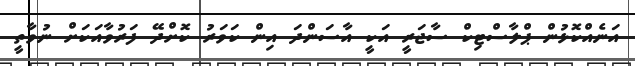
އަނެއްކޮޅުން ޕްލާސްޓިކް ސާޖަރީ އަކީ އާސަންދަ އިން ކަވަރު ކޮށްދޭ ފަރުވާއަކަށް ނުވާތީ